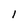
Character: 1